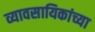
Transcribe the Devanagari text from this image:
व्यावसायिकांच्या